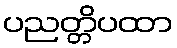
ပညတ္တိပထာ